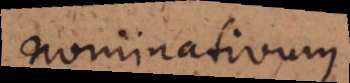
nominativum.